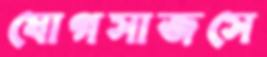
যোগসাজসে